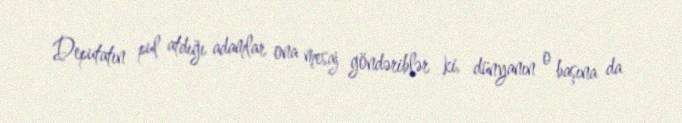
Deputatın pul atdığı adamlar ona mesaj göndəriblər ki, dünyanın o başına da